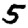
Digit: 5